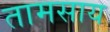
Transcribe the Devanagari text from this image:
तामसाय